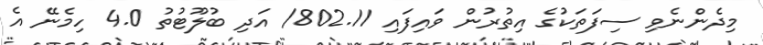
މިދެންނެވި ސިފަތަކުގެ އިތުރުން ވައިފައި 802.11/ އަދި ބުލޫޓުތު 4.0 ހިމެނޭ އެ